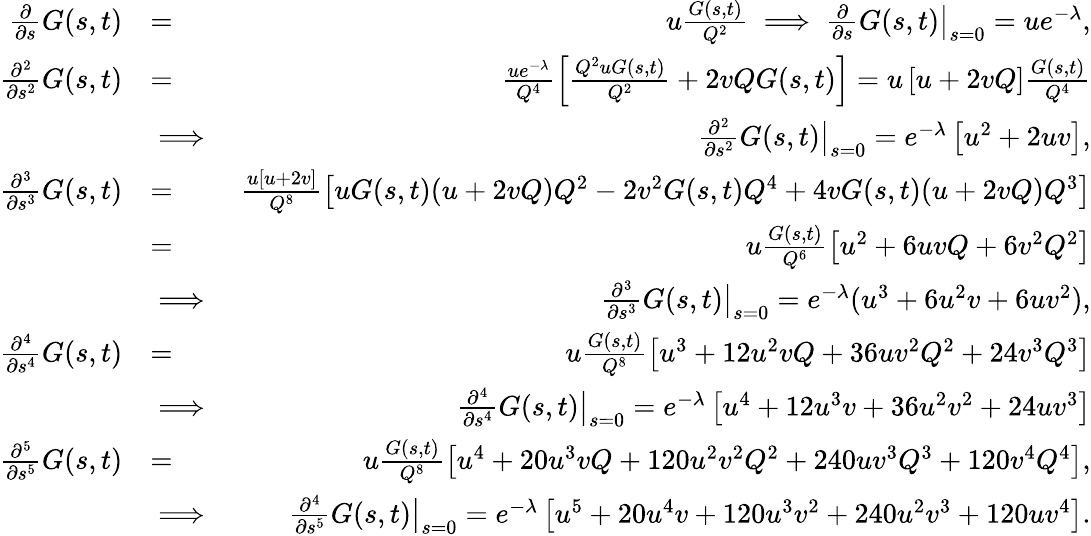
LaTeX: \begin{array}{rlr}{\frac{\partial}{\partial s}G(s,t)}&{=}&{u\frac{G(s,t)}{Q^{2}}\implies\frac{\partial}{\partial s}G(s,t)\big|_{s=0}=ue^{-\lambda},}\\ {\frac{\partial^{2}}{\partial s^{2}}G(s,t)}&{=}&{\frac{ue^{-\lambda}}{Q^{4}}\left[\frac{Q^{2}uG(s,t)}{Q^{2}}+2vQG(s,t)\right]=u\left[u+2vQ\right]\frac{G(s,t)}{Q^{4}}}\\ &{\implies}&{\frac{\partial^{2}}{\partial s^{2}}G(s,t)\big|_{s=0}=e^{-\lambda}\left[u^{2}+2uv\right],}\\ {\frac{\partial^{3}}{\partial s^{3}}G(s,t)}&{=}&{\frac{u\left[u+2v\right]}{Q^{8}}\left[uG(s,t)(u+2vQ)Q^{2}-2v^{2}G(s,t)Q^{4}+4vG(s,t)(u+2vQ)Q^{3}\right]}\\ &{=}&{u\frac{G(s,t)}{Q^{6}}\left[u^{2}+6uvQ+6v^{2}Q^{2}\right]}\\ &{\implies}&{\frac{\partial^{3}}{\partial s^{3}}G(s,t)\big|_{s=0}=e^{-\lambda}(u^{3}+6u^{2}v+6uv^{2}),}\\ {\frac{\partial^{4}}{\partial s^{4}}G(s,t)}&{=}&{u\frac{G(s,t)}{Q^{8}}\left[u^{3}+12u^{2}vQ+36uv^{2}Q^{2}+24v^{3}Q^{3}\right]}\\ &{\implies}&{\frac{\partial^{4}}{\partial s^{4}}G(s,t)\big|_{s=0}=e^{-\lambda}\left[u^{4}+12u^{3}v+36u^{2}v^{2}+24uv^{3}\right]}\\ {\frac{\partial^{5}}{\partial s^{5}}G(s,t)}&{=}&{u\frac{G(s,t)}{Q^{8}}\left[u^{4}+20u^{3}vQ+120u^{2}v^{2}Q^{2}+240uv^{3}Q^{3}+120v^{4}Q^{4}\right],}\\ &{\implies}&{\frac{\partial^{4}}{\partial s^{5}}G(s,t)\big|_{s=0}=e^{-\lambda}\left[u^{5}+20u^{4}v+120u^{3}v^{2}+240u^{2}v^{3}+120uv^{4}\right].}\end{array}